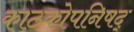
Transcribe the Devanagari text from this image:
काठकोपनिषद्